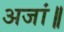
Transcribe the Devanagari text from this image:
अजां॥